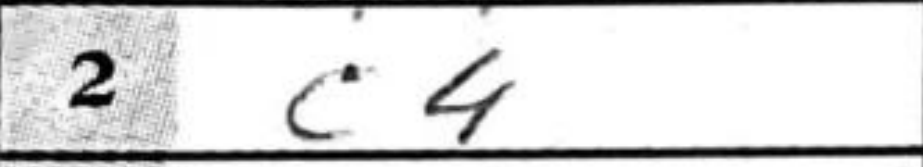
Transcription: c4